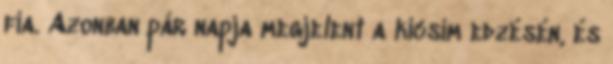
fia. Azonban pár napja megjelent a kicsim edzésén, és